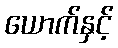
ယောက်နှင့်